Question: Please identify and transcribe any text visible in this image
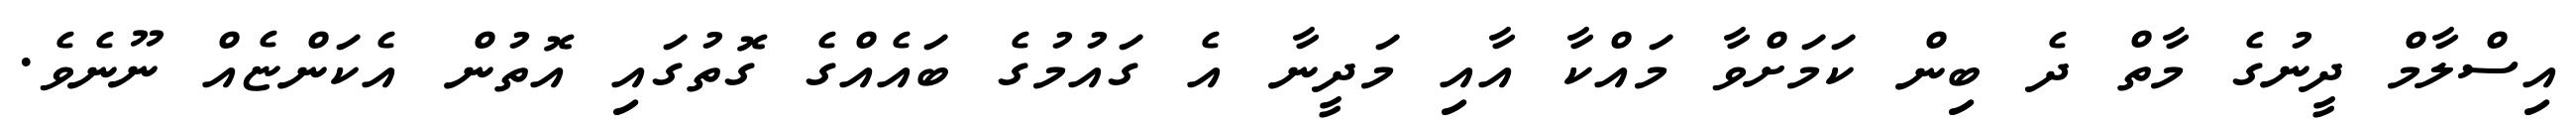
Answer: އިސްލާމް ދީނުގެ މާތް ދެ ބިން ކަމަށްވާ މައްކާ އާއި މަދީނާ އެ ގައުމުގެ ބައެއްގެ ގޮތުގައި އޮތުން އެކަންޏެއް ނޫނެވެ.